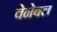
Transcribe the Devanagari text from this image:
वेनेबल